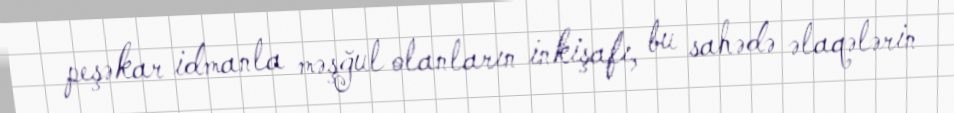
peşəkar idmanla məşğul olanların inkişafı, bu sahədə əlaqələrin